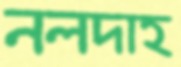
নলদাহ